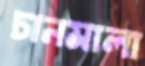
চানমালা